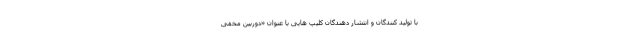
با تولید کنندگان و انتشار دهندگان کلیپ هایی با عنوان «دوربین مخفی